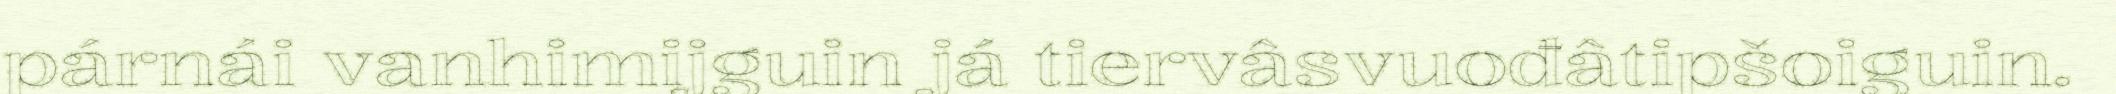
párnái vanhimijguin já tiervâsvuođâtipšoiguin.